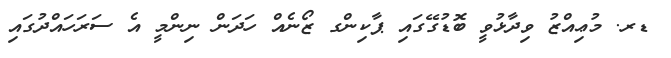
ޑރ. މުޢިއްޒު ވިދާޅުވީ ބޮޑުގޭގައި ޕާކިންގ ޒޯނެއް ހަދަން ނިންމީ އެ ސަރަހައްދުގައި